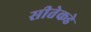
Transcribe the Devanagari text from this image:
सीतेकडे